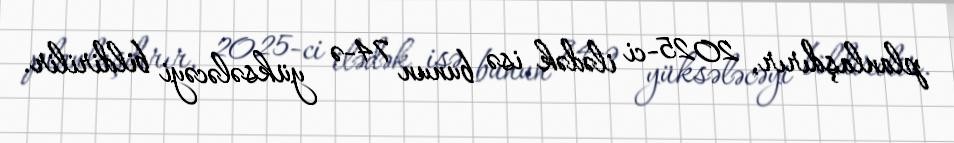
planlaşdırır, 2025-ci ilədək isə bunun 74-ə yüksələcəyi bildirilir.